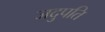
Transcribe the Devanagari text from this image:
जदुपति